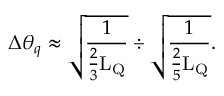
\Delta \theta _ { q } \approx \sqrt \frac { 1 } { \frac { 2 } { 3 } \mathrm { L } _ { \mathrm { { Q } } } } \div \sqrt \frac { 1 } { \frac { 2 } { 5 } \mathrm { L } _ { \mathrm { { Q } } } } .